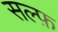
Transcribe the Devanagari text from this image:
सल्फ़